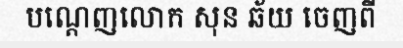
បណ្តេញលោក សុន ឆ័យ ចេញពី